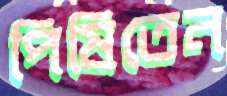
পিষিতেন